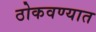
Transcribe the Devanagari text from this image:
ठोकवण्यात